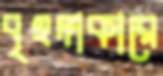
বৃহদাকারে